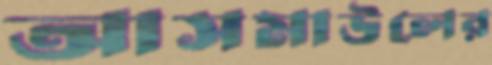
আসমাউলের